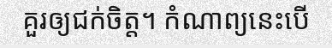
គួរឲ្យជក់ចិត្ត។ កំណាព្យនេះបើ